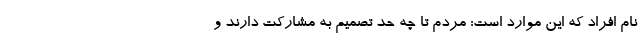
نام افراد که این موارد است: مردم تا چه حد تصمیم به مشارکت دارند و